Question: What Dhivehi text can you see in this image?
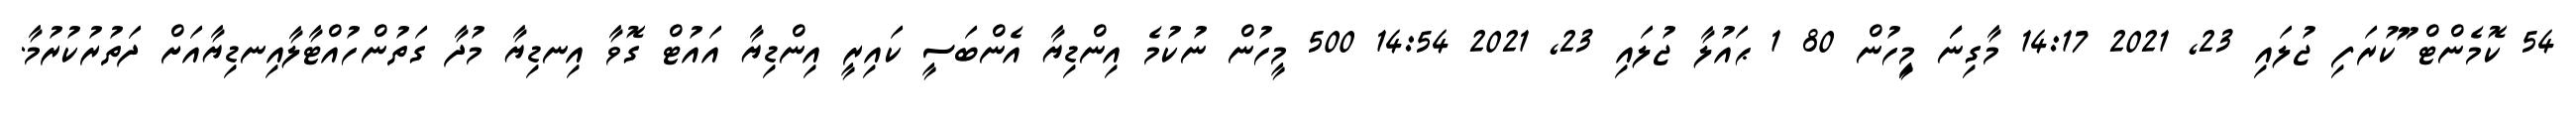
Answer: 54 ކޮމެންޓް ޫުކުރަފި ޖުލައި 23, 2021 14:17 މާގިނަަަ މިިީހުން 80 1 ޙައުލާ ޖުލައި 23, 2021 14:54 500 މީހުން ނުކުމެ އިންޑިޔާ އެންބަސީ ކައިރީ އިންޑިޔާ އައުޓް ގޮވާ އިނޑިޔާ މުދާ ގަތުންހުއްޓާލާއިނޑިޔާއަށް ދަތުރުކުރުމާ.